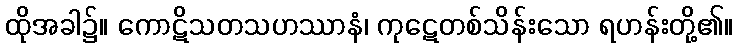
ထိုအခါ၌။ ကောဋိသတသဟဿာနံ၊ ကုဋေတစ်သိန်းသော ရဟန်းတို့၏။